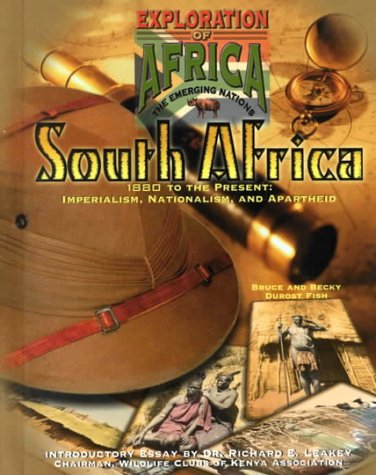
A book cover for South Africa (Eoa) (Exploration of Africa; The Emerging Nations); Bruce Fish; Teen & Young Adult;